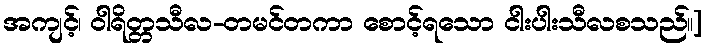
အကျင့်၊ ဝါရိတ္တသီလ-တမင်တကာ စောင့်ရသော ငါးပါးသီလစသည်။]